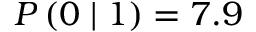
P \left( 0 \mid 1 \right) = 7 . 9 \